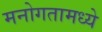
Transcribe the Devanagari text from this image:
मनोगतामध्ये